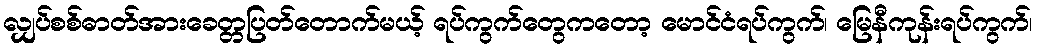
လျှပ်စစ်ဓာတ်အားခေတ္တပြတ်တောက်မယ့် ရပ်ကွက်တွေကတော့ မောင်ငံရပ်ကွက်၊ မြေနီကုန်းရပ်ကွက်၊